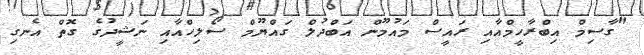
"ގާސިމް އިބްރާހީމްއާއި ރައީސް މައުމޫން އަބްދުލް ގައްޔޫމް ސޯލިހްއާއި ނަޝީދުގެ ގޮތް އެނގި